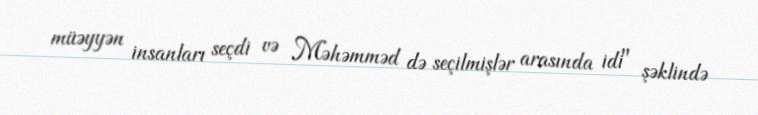
müəyyən insanları seçdi və Məhəmməd də seçilmişlər arasında idi" şəklində